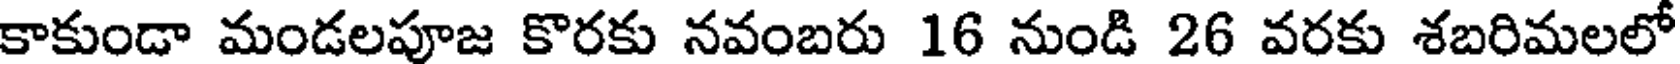
కాకుండా మండలపూజ కొరకు నవంబరు 16 నుండి 26 వరకు శబరిమలలో